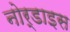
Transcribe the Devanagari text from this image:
नोर्डाइस